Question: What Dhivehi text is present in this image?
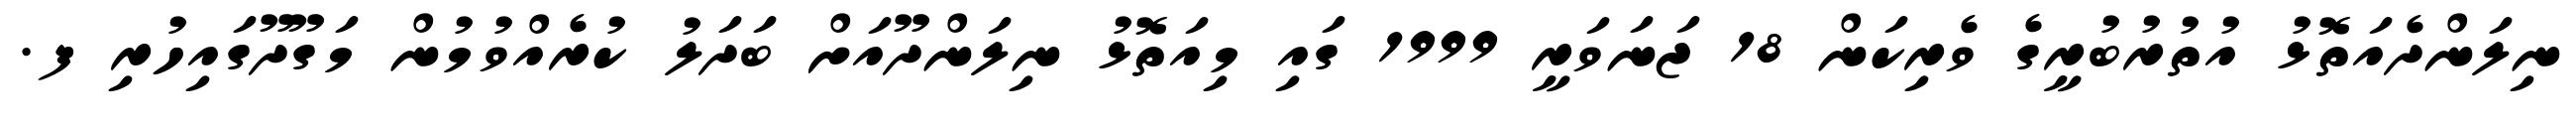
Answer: ނިލަންދެއަތޮޅު އުތުރުބުރީގެ ވެރިކަން 18 ޖަނަވަރީ 1999 ގައި މިއަތޮޅު ނިލަންދޫއަށް ބަދަލު ކުރެއްވުމުން މަގޫދޫގައިހުރި ފ.